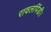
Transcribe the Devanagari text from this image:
रावलपिंडी।